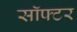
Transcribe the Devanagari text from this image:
सॉफ्टर